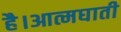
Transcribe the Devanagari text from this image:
है।आत्मघाती